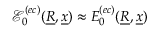
\mathcal { E } _ { 0 } ^ { ( e c ) } ( \underline { { R } } , \underline { { x } } ) \approx E _ { 0 } ^ { ( e c ) } ( \underline { { R } } , \underline { { x } } )